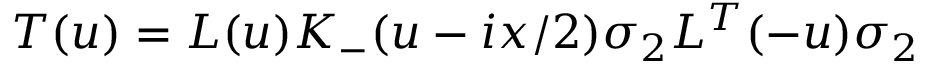
{ \cal T } ( u ) = L ( u ) K _ { - } ( u - i x / 2 ) \sigma _ { 2 } L ^ { T } ( - u ) \sigma _ { 2 }